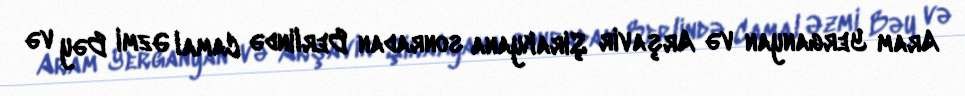
Aram Yerganyan və Arşavir Şirakyana sonradan Berlində Camal Əzmi Bəy və